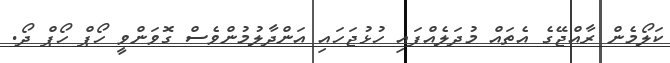
ކަލޯމެން ރާއްޖޭގެ އެތައް މުދަލެއްފައި ހުޅުޖަހައި އަންދާލުމުންވެސް ގޮވަންވީ ހޯޕް ހޯޕް ދޯ.